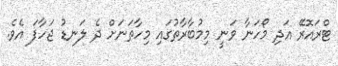
ޓްރައޮރޭ އަދި މޯހަނާ ވަނީ މިމުބާރާތުގައި މިހާތަނަށް ދެ ލަނޑު ޖަހާފަ އެވެ.